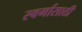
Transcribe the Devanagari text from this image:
स्वर्गासाठी